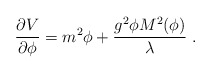
\begin{align*} {\partial V\over \partial\phi} = {m^2\phi} + {g^2\phi M^2(\phi)\over\lambda} \ .\end{align*}